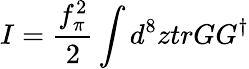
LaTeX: I=\frac{f_{\pi}^{2}}{2}\int d^{8}ztrGG^{\dagger}